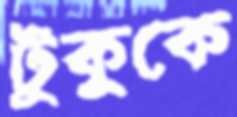
টুকুকে